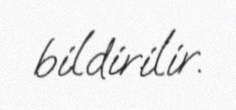
bildirilir.